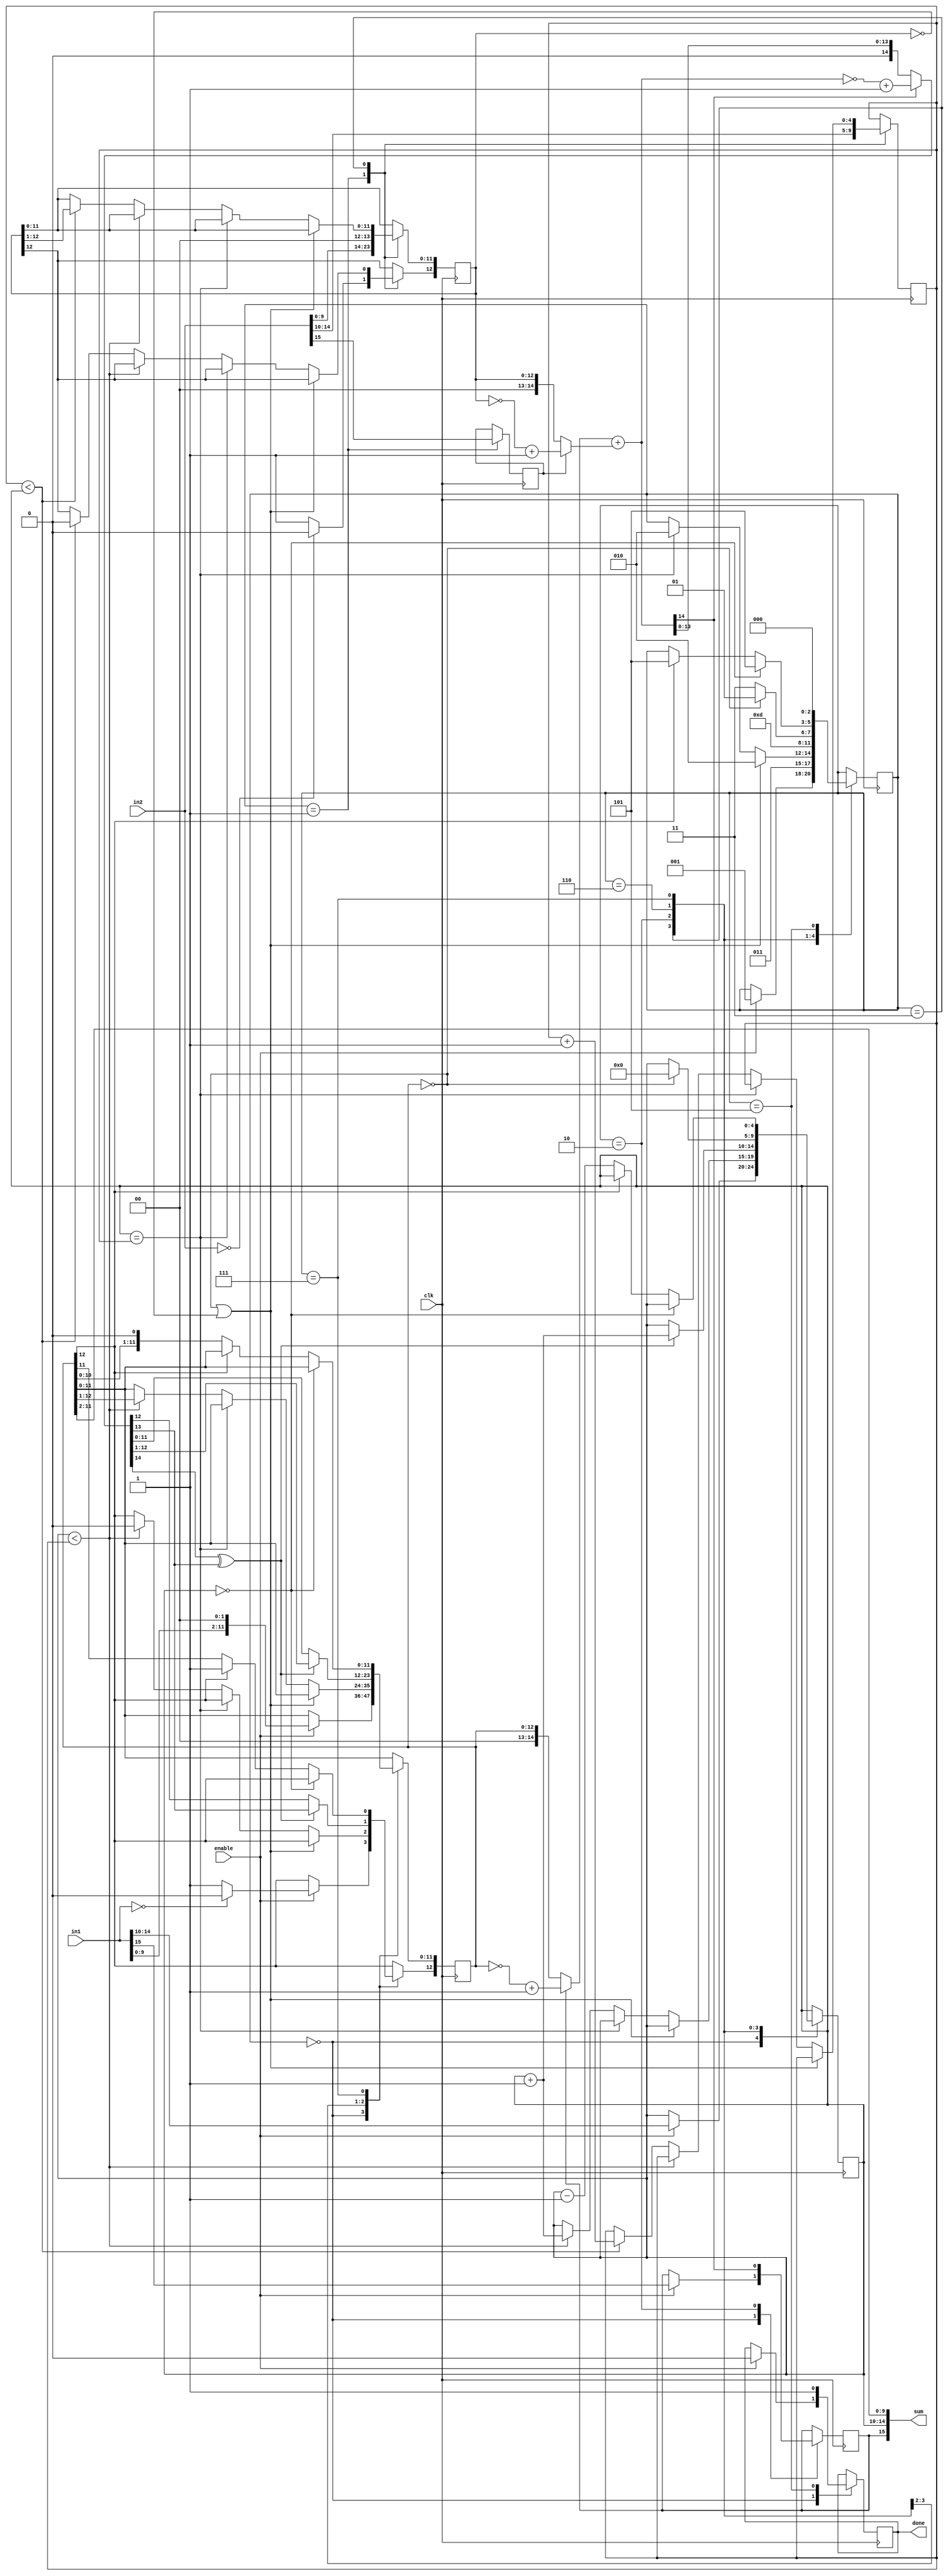
module HP_FP_Pipelined_Adder ( //Floating point adder
	input clk,
	input [15:0] in1,
	input [15:0] in2,
	input enable,

	output reg done,
	output [15:0] sum
);

	parameter [2:0]			S0 = 3'b000,
							S1 = 3'b001,
							S2 = 3'b011,
							S3 = 3'b010,
							S4 = 3'b110,
							S5 = 3'b111,
							S6 = 3'b101,
							S7 = 3'b100;

	reg Sg1, Sg2; //Sign bits
	reg overflow, underflow;
	reg [2:0] cur_state;
	reg [4:0] E1, E2; //Exponent's 1 and 2
	reg [12:0] M1, M2; //Mantissa's 1 and 2

	wire fv, fu;
	wire [14:0] M1comp, M2comp;
	wire [14:0] addout, fsum;

	initial begin
		cur_state = S0;
		done = 1'b0;
		overflow = 1'b0;
		underflow = 1'b0;
		Sg1 = 1'b0;
		Sg2 = 1'b0;
		M1 = 13'b0;
		M2 = 13'b0;
		E1 = 5'b0;
		E2 = 5'b0;
	end

	assign M1comp = (Sg1 == 1'b1) ? ~({2'b00, M1}) + 1 : {2'b00, M1} ; //Alternate btwn compliment and reg mantissa depending on sign of input 1
	assign M2comp = (Sg2 == 1'b1) ? ~({2'b00, M2}) + 1 : {2'b00, M2} ; //Alternate btwn compliment and reg mantissa depending on sign of input 2

	assign addout = M1comp + M2comp; //Sum of 2 inputs
	assign fsum = (addout[14] == 1'b0) ? addout : ~addout + 1;

	assign fv = fsum[14] ^ fsum[13];
	assign fu = ~M1[12];
	assign sum = {Sg1, E1, M1[11:2]}; //Final sum

	always @ (posedge clk) begin

		case (cur_state)

			S0: begin //Process first 16-bit input

				if (enable == 1'b1) begin

					E1 <= in1[14:10];
					Sg1 <= in1[15];
					M1[11:0] <= {in1[9:0], 2'b00};

					if (in1 == 0) M1[12] <= 1'b0;

					else M1[12] <= 1'b1;

					done <= 1'b0;
					overflow <= 1'b0;
					underflow <= 1'b0;
					cur_state <= S1;
				end

			end

			S1: begin //Process second 16-bit input

				E2 <= in2[14:10];
				Sg2 <= in2[15];
				M2[11:0] <= {in2[9:0], 2'b00};

				if (in2 == 0) M2[12] <= 1'b0;

				else M2[12] <= 1'b1;

				cur_state <= S2;

			end

			S2: begin //Recursively shift inputs until their exponents match

				if ((M1 == 0) || (M2 == 0)) cur_state <= S3;

				else begin

					if (E1 == E2) cur_state <= S3;

					else if (E1 < E2) begin //Right shift first mantissa if exponent is less than second
						M1 <= {1'b0, M1[12:1]};
						E1 <= E1 + 1;
					end

					else if (E2 < E1) begin //Right shift first mantissa if exponent is less than second
						M2 <= {1'b0, M2[12:1]};
						E2 <= E2 + 1;
					end

				end

			end

			S3: begin

				Sg1 <= addout[14];

				if (fv == 1'b0) M1 <= fsum[12:0];

				else begin
					M1 <= fsum[13:1];
					E1 <= E1 + 1;
				end

				cur_state <= S4;

			end

			S4: begin //Determine is sum is a whole number

				if (M1 == 0) begin
					E1 <= 8'h00;
					cur_state = S6;
				end

				else cur_state <= S5;

			end

			S5: begin

				if (E1 == 0) begin
					underflow <= 1'b1;
					cur_state <= S6;
				end

				else if (fu == 1'b0) cur_state <= S6;

				else begin
					M1 <= {M1[11:0], 1'b0};
					E1 <= E1 - 1;
				end

			end

			S6: begin

				if (E1 == 31) overflow <= 1'b1;

				done <= 1'b1;
				cur_state <= S0;

			end

		endcase

	end

endmodule